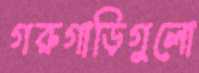
গরুগাড়িগুলো